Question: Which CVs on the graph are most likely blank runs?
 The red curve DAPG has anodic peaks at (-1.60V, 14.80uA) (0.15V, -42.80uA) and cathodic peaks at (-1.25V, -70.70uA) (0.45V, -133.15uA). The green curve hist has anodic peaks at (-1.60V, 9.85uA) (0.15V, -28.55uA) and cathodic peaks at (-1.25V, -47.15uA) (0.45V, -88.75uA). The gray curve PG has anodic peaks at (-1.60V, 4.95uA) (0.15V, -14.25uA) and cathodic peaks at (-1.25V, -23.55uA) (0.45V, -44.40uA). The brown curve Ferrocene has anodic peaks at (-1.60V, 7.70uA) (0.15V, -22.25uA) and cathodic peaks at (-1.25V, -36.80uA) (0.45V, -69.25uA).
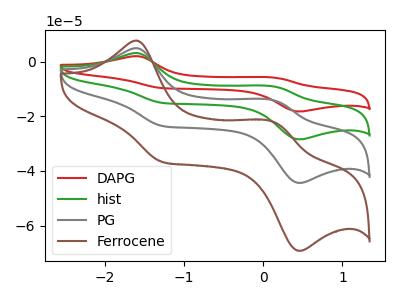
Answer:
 <answer>There are not any CV's on this graph that are likely to be blanks.</answer>
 <eval>none</eval>